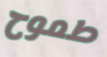
طموح